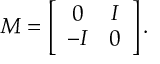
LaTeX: M = \left[ \begin{array} { c c } { { 0 } } & { { I } } \\ { { - I } } & { { 0 } } \end{array} \right] .